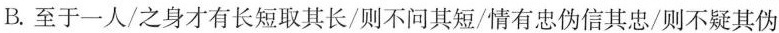
B.至于一人/之身才有长短取其长/则不问其短/情有忠伪信其忠/则不疑其伪